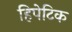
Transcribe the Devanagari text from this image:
हिपेटिक